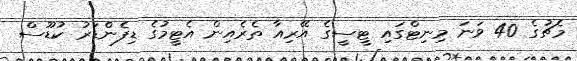
މެޗުގެ 40 ވަނަ މިނިޓްގައި ޓީސީގެ އޭރިއާ ތެރެއިން އެޓީމުގެ ޑިފެންޑަރު ކުޑޫސް